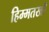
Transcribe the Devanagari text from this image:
हिम्मतखाँ